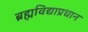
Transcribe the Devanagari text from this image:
ब्रह्मविद्याप्रधान